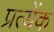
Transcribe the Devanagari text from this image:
प्रत्येंक